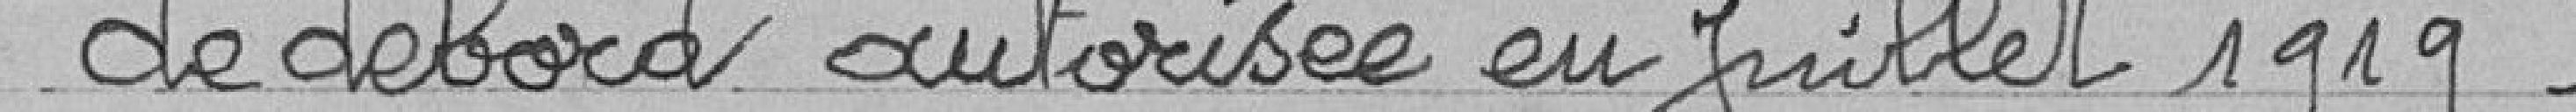
de debord autorisée en juillet 1919